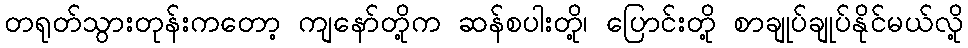
တရုတ်သွားတုန်းကတော့ ကျနော်တို့က ဆန်စပါးတို့၊ ပြောင်းတို့ စာချုပ်ချုပ်နိုင်မယ်လို့